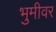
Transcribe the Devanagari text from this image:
भुमीवर